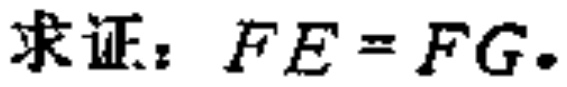
求证：$FE = FG.$